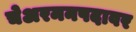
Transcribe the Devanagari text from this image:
चेअरमनपदावर